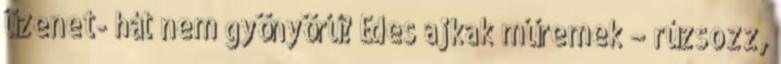
üzenet- hát nem gyönyörű? Édes ajkak műremek – rúzsozz,